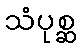
သံပုစ္ဆ